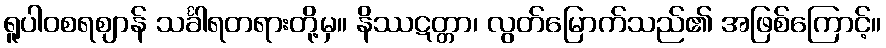
ရူပါဝစရဈာန် သင်္ခါရတရားတို့မှ။ နိဿဋတ္တာ၊ လွတ်မြောက်သည်၏ အဖြစ်ကြောင့်။